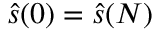
\hat { s } ( 0 ) = \hat { s } ( N )